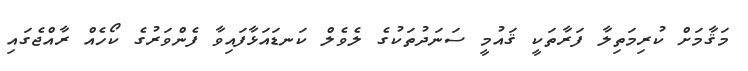
މަޤާމަށް ކުރިމަތިލާ ފަރާތަކީ ޤައުމީ ސަނަދުތަކުގެ ލެވެލް ކަނޑައަޅާފައިވާ ފެންވަރުގެ ކޯހެއް ރާއްޖެގައި